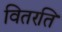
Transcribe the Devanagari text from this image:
वितरति